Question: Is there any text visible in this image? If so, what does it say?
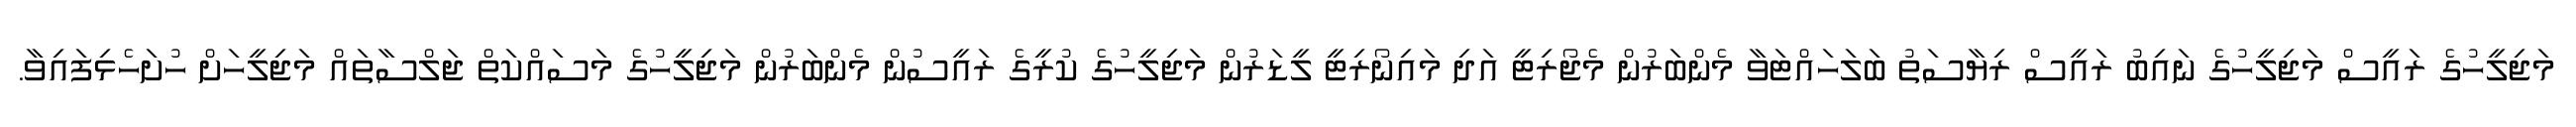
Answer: މަޖިލީހުގެ ރައީސް މަޖިލީހުގެ ނައިބު ރައީސް ރިޔާސަތު ބަލަހައްޓަވާ މެންބަރުން މެޖޯރިޓީ އަދި މައިނޯރިޓީ ލީޑަރުން މަޖިލީހުގެ ކުރީގެ ރައީސުން މެންބަރުން މަޖިލީހުގެ މަސައްކަތް ޖަލްސާތައް މަޖިލީހަށް ހުށަހެޅިފައިވާ.